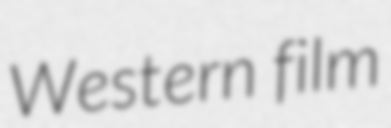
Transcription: Western film